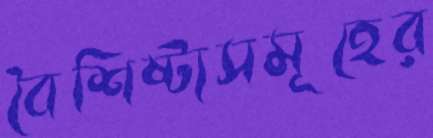
বৈশিষ্ট্যসমূহের